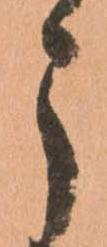
う